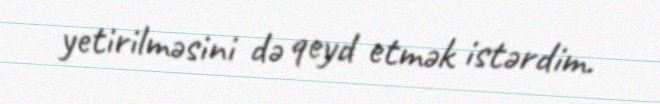
yetirilməsini də qeyd etmək istərdim.